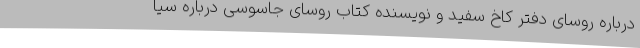
درباره روسای دفتر کاخ سفید و نویسنده کتاب روسای جاسوسی درباره سیا